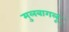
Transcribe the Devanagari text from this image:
मुलबागलू